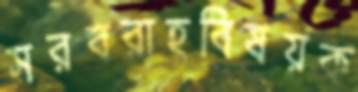
সরবরাহবিষয়ক